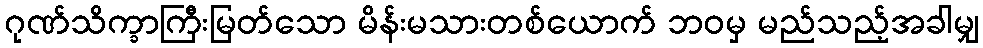
ဂုဏ်သိက္ခာကြီးမြတ်သော မိန်းမသားတစ်ယောက် ဘဝမှ မည်သည့်အခါမျှ